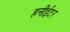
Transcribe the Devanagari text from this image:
हनीईटर